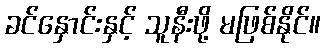
ခင်နှောင်းနှင့် သူနီးဖို့ မဖြစ်နိုင်။